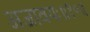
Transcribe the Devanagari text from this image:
अजावयः॥१०॥